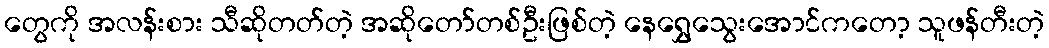
တွေကို အလန်းစား သီဆိုတတ်တဲ့ အဆိုတော်တစ်ဦးဖြစ်တဲ့ နေရွှေသွေးအောင်ကတော့ သူဖန်တီးတဲ့